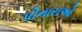
પીનારાઓ